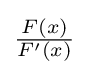
{\tfrac {F(x)}{F'(x)}}